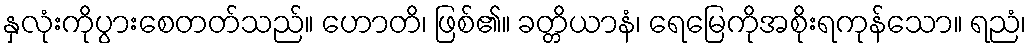
နှလုံးကိုပွားစေတတ်သည်။ ဟောတိ၊ ဖြစ်၏။ ခတ္တိယာနံ၊ ရေမြေကိုအစိုးရကုန်သော။ ရညံ၊